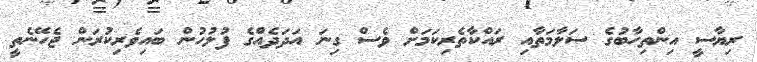
ރިޔާސީ އިންތިހާބުގެ ސަލާމަތާއި ރައްކާތެރިކަމަށް ވެސް ގިނަ އަދަދެއްގެ ފުލުހުން ބައިވެރިކުރަން ޖެހޭނެތީ